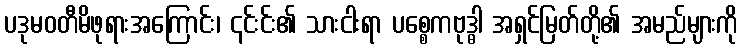
ပဒုမဝတီမိဖုရားအကြောင်း၊ ၎င်းင်း၏ သားငါးရာ ပစ္စေကဗုဒ္ဓါ အရှင်မြတ်တို့၏ အမည်များကို